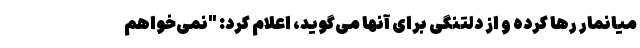
میانمار رها کرده و از دلتنگی برای آنها می‌گوید، اعلام کرد: "نمی‌خواهم